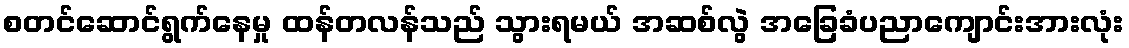
စတင်ဆောင်ရွက်နေမှု ထန်တလန်သည် သွားရမယ် အဆစ်လွဲ အခြေခံပညာကျောင်းအားလုံး